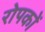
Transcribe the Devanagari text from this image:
रोपकों